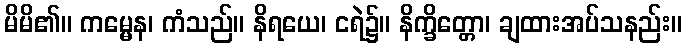
မိမိ၏။ ကမ္မေန၊ ကံသည်။ နိရယေ၊ ငရဲ၌။ နိက္ခိတ္တော၊ ချထားအပ်သနည်း။